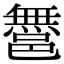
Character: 𨝬